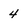
Character: 4